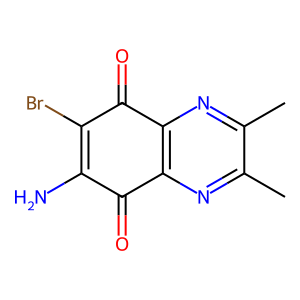
SMILES: Cc1nc2c(nc1C)C(=O)C(Br)=C(N)C2=O
Inhibits HIV replication: No